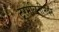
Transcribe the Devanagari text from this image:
टूरमैलिनीभवन